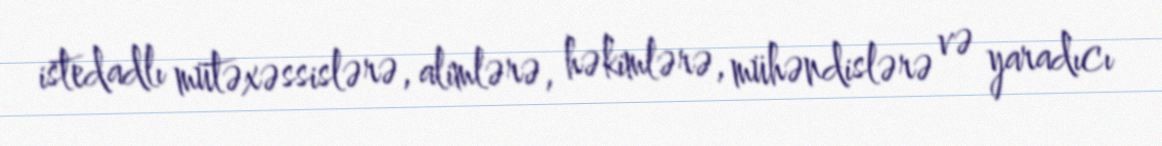
istedadlı mütəxəssislərə, alimlərə, həkimlərə, mühəndislərə və yaradıcı